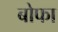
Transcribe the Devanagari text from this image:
बोफा